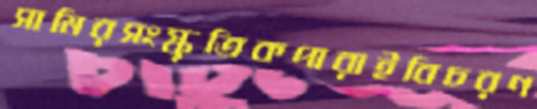
সামিরসংস্কৃতিকপারাইবিচরণ